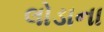
લોડાના